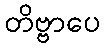
တိဗ္ဗာပေ